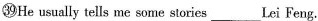
㊴He usually tells me some stories ___ Lei Feng.